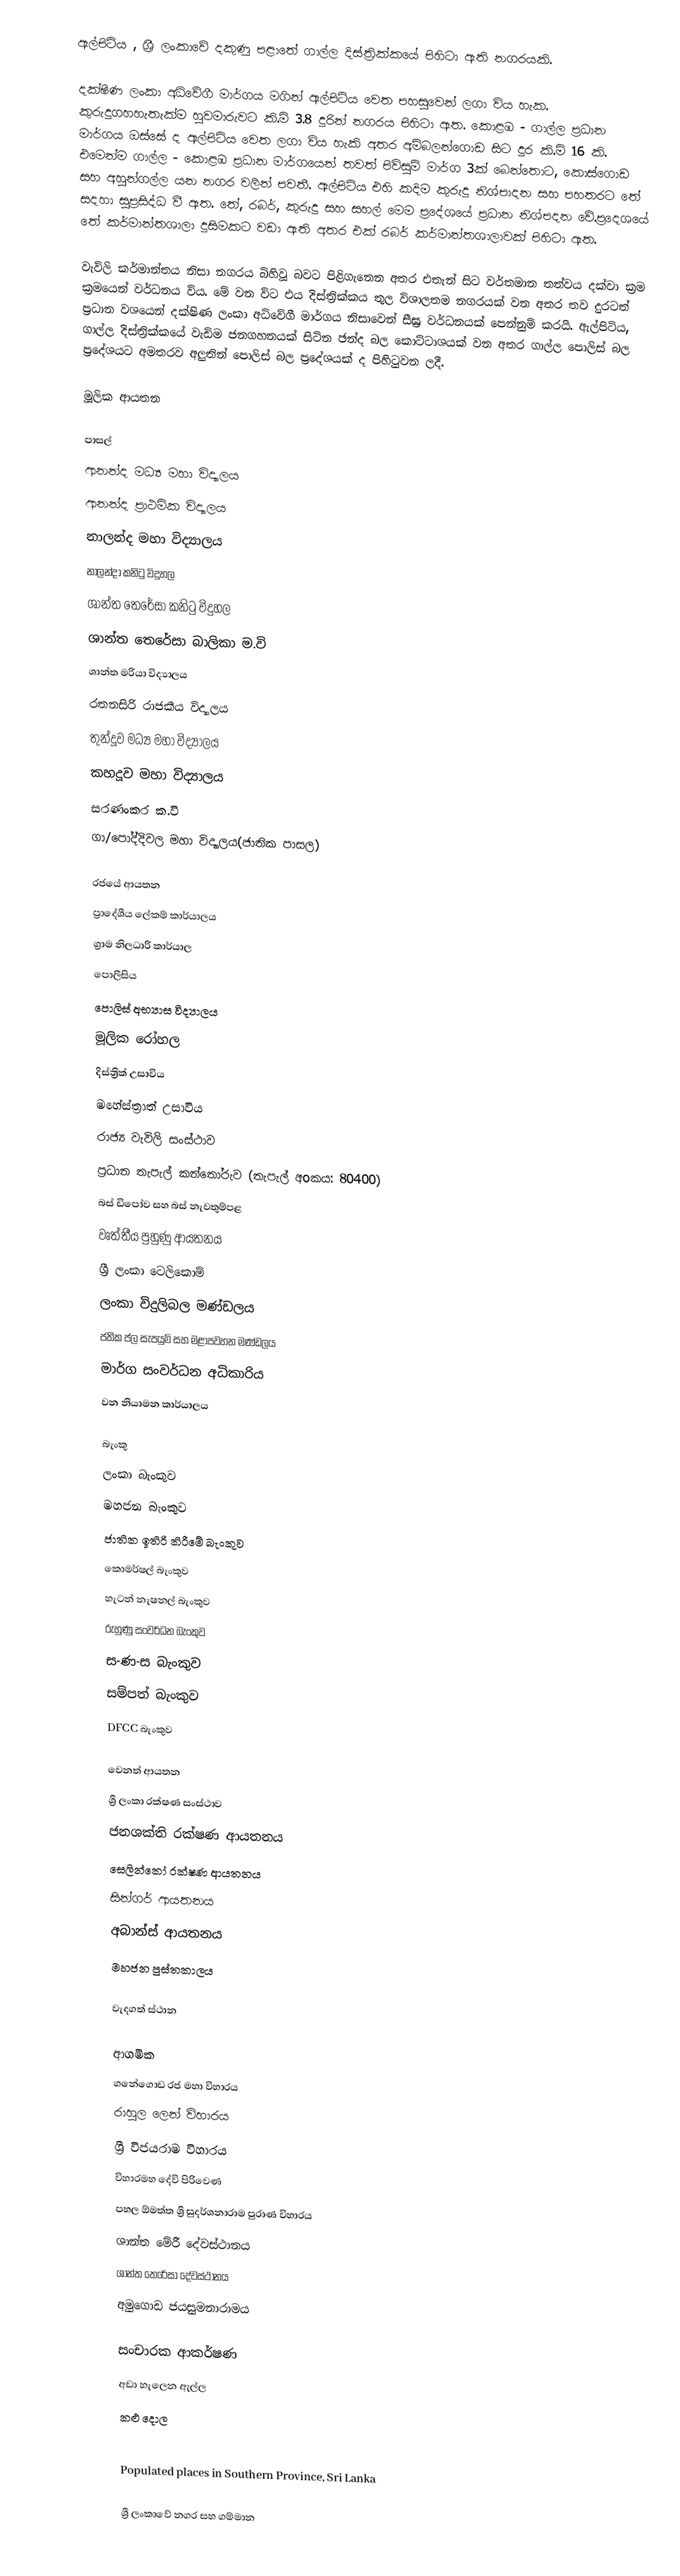
ඇල්පිටිය , ශ්‍රී ලංකාවේ දකුණු පළාතේ ගාල්ල දිස්ත්‍රික්කයේ පිහිටා ඇති නගරයකි.

දක්ෂිණ ලංකා අධිවේගී මාර්ගය මගින්  ඇල්පිටිය වෙත පහසුවෙන් ලගා විය හැක. කුරුදුගහහැතැක්ම හුවමාරුවට කි.මි 3.8 දුරින් නගරය පිහිටා ඇත. කොළඹ - ගාල්ල ප්‍රධාන මාර්ගය ඔස්සේ ද ඇල්පිටිය වෙත ලගා විය හැකි අතර අම්බලන්ගොඩ සිට දුර කි.මි 16 කි. එමෙන්ම ගාල්ල - කොළඹ ප්‍රධාන මාර්ගයෙන් තවත් පිවිසුම් මාර්ග 3ක් බෙන්තොට, කොස්ගොඩ සහ අහුන්ගල්ල යන නගර වලින් පවතී. ඇල්පිටිය එහි කදිම කුරුදු නිශ්පාදන සහ පහතරට තේ සදහා සුප්‍රසිද්ධ වී ඇත. තේ, රබර්, කුරුදු සහ සහල් මෙම ප්‍රදේශයේ ප්‍රධාන නිශ්පදන වේ.ප්‍රදෙශයේ තේ කර්මාන්තශාලා දුසිමකට වඩා ඇති අතර එක් රබර් කර්මාන්තශාලාවක් පිහිටා ඇත.

වැවිලි කර්මාන්තය නිසා නගරය බිහිවූ බවට පිළිගැනෙන අතර එතැන් සිට වර්තමාන තත්වය දක්වා ක්‍රම ක්‍රමයෙන් වර්ධනය විය. මේ වන විට එය දිස්ත්‍රික්කය තුල විශාලතම නගරයක් වන අතර තව දුරටත් ප්‍රධාන වශයෙන් දක්ෂිණ ලංකා අධිවේගී මාර්ගය නිසාවෙන් සීඝ්‍ර වර්ධනයක් පෙන්නුම් කරයි. ඇල්පිටිය, ගාල්ල දිස්ත්‍රික්කයේ වැඩිම ජනගහනයක් සිටින ඡන්ද බල කොට්ටාශයක් වන අතර ගාල්ල පොලිස් බල ප්‍රදේශයට අමතරව අලුතින් පොලිස් බල ප්‍රදේශයක් ද පිහිටුවන ලදී.

මූලික ආයතන

පාසල්
 ආනන්ද මධ්‍ය මහා විද්‍යාලය
 ආනන්ද ප්‍රාථමික විද්‍යාලය
 නාලන්ද මහා විද්‍යාලය
 නාලන්දා කනිටු විදුහල
 ශාන්ත තෙරේසා කනිටු විදුහල
ශාන්ත තෙරේසා බාලිකා ම.වි
 ශාන්ත මරියා විද්‍යාලය
 රතනසිරි රාජකීය විද්‍යාලය
 තුන්දූව මධ්‍ය මහා විද්‍යාලය
 කහදූව මහා විද්‍යාලය
සරණංකර ක.වි
 ගා/පෝද්දිවල මහා විද්‍යාලය(ජාතික පාසල)

රජයේ ආයතන
 ප්‍රාදේශීය ලේකම් කාර්යාලය
 ග්‍රාම නිලධාරී කාර්යාල
 පොලීසිය
 පොලිස් අභ්‍යාස විද්‍යාලය
 මූලික රෝහල
 දිස්ත්‍රික් උසාවිය
 මහේස්ත්‍රාත් උසාවිය
 රාජ්‍ය වැවිලි සංස්ථාව
 ප්‍රධාන තැපැල් කන්තෝරුව (තැපැල් අoකය: 80400)
 බස් ඩිපෝව සහ බස් නැවතුම්පළ
 වෘත්තීය පුහුණු ආයතනය
 ශ්‍රී ලංකා ටෙලිකොම්
 ලංකා විදුලිබල මණ්ඩලය
 ජතික ජල සැපයුම් සහ මළාපවහන මණ්ඩලය
 මාර්ග සංවර්ධන අධිකාරිය
 වන නියාමන කාර්යාලය

බැංකු
 ලංකා බැංකුව
 මහජන බැංකුව
 ජාතික ඉතිරි කිරීමේ බැංකුව
 කොමර්ෂල් බැංකුව
 හැටන් නැෂනල් බැංකුව
 රුහුණු සංවර්ධන බැංකුව
 ස-ණ-ස බැංකුව
 සම්පත් බැංකුව
 DFCC බැංකුව

වෙනත් ආයතන
 ශ්‍රී ලංකා රක්ෂණ සංස්ථාව
 ජනශක්ති රක්ෂණ ආයතනය
 සෙලින්කෝ රක්ෂණ ආයතනය
 සින්ගර් ආයතනය
 අබාන්ස් ආයතනය
 මහජන පුස්තකාලය

වැදගත් ස්ථාන

ආගමික
 ගනේගොඩ රජ මහා විහාරය
 රාහුල ලෙන් විහාරය
 ශ්‍රී විජයරාම විහාරය
 විහාරමහ දේවි පිරිවෙණ
 පහල ඕමත්ත ශ්‍රී සුදර්ශනාරාම පුරාණ විහාරය
 ශාන්ත මේරී දේවස්ථානය
 ශාන්ත තෙරේසා දේවස්ථානය
 අමුගොඩ ජයසුමනාරාමය

සංචාරක ආකර්ෂණ
 අඩා හැලෙන ඇල්ල
 කළු දොල

Populated places in Southern Province, Sri Lanka

ශ්‍රී ලංකාවේ නගර සහ ගම්මාන